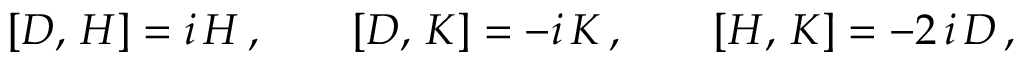
[ { \cal D } , \, { \cal H } ] = i \, { \cal H } \, , \qquad [ { \cal D } , \, { \cal K } ] = - i \, { \cal K } \, , \qquad [ { \cal H } , \, { \cal K } ] = - 2 \, i \, { \cal D } \, ,